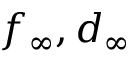
f _ { \infty } , d _ { \infty }